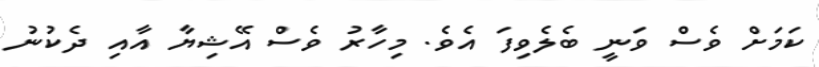
ކަމަށް ވެސް ވަނީ ބެލެވިފަ އެވެ. މިހާރު ވެސް އޭޝިޔާ އާއި ދެކުނު